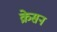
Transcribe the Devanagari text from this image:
क्रेसन